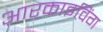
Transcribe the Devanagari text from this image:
आरकाइविंग